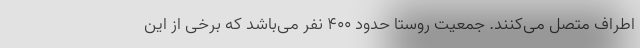
اطراف متصل می‌کنند. جمعیت روستا حدود ۴۰۰ نفر می‌باشد که برخی از این